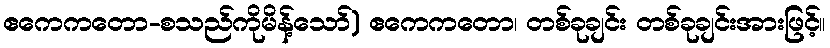
ဧကေကတော-စသည်ကိုမိန့်သော်) ဧကေကတော၊ တစ်ခုချင်း တစ်ခုချင်းအားဖြင့်။